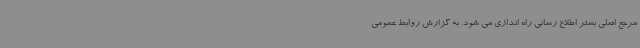
مرجع اصلی بستر اطلاع رسانی راه اندازی می شود. به گزارش روابط عمومی